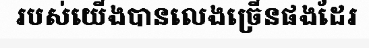
របស់យើងបានលេងច្រើនផងដែរ